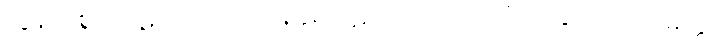
လွန်ကဲစွာ။ ပါဋိဟာရိယံ၊ တန်ခိုးပြာဋိဟာကို။ ကာတုံ၊ ပြုခြင်းငှာ။ သမတ္ထံ၊